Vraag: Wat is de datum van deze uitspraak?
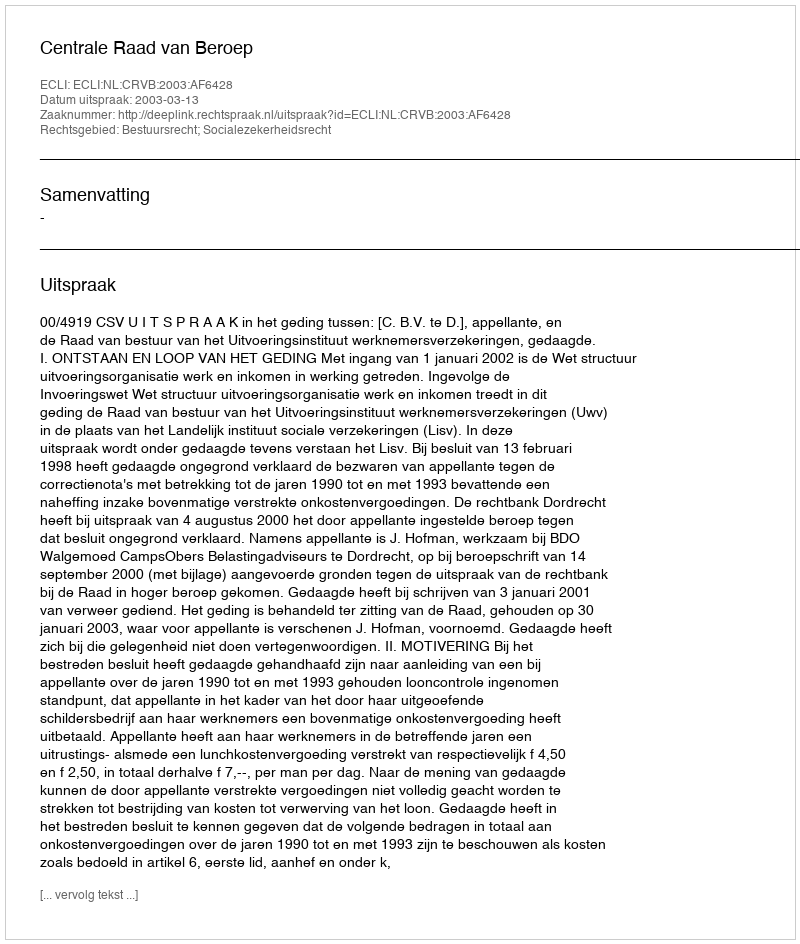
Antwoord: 2003-03-13